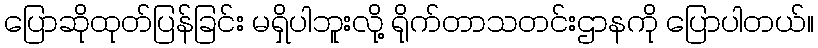
ပြောဆိုထုတ်ပြန်ခြင်း မရှိပါဘူးလို့ ရိုက်တာသတင်းဌာနကို ပြောပါတယ်။